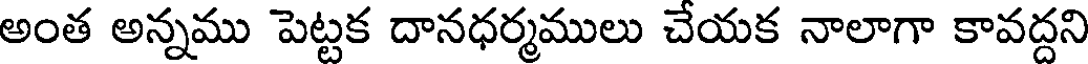
అంత అన్నము పెట్టక దానధర్మములు చేయక నాలాగా కావద్దని